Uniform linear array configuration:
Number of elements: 12
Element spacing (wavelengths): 1
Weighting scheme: hamming
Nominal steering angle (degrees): -15
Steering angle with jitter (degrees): -16.372
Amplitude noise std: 0.05
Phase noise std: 0.05

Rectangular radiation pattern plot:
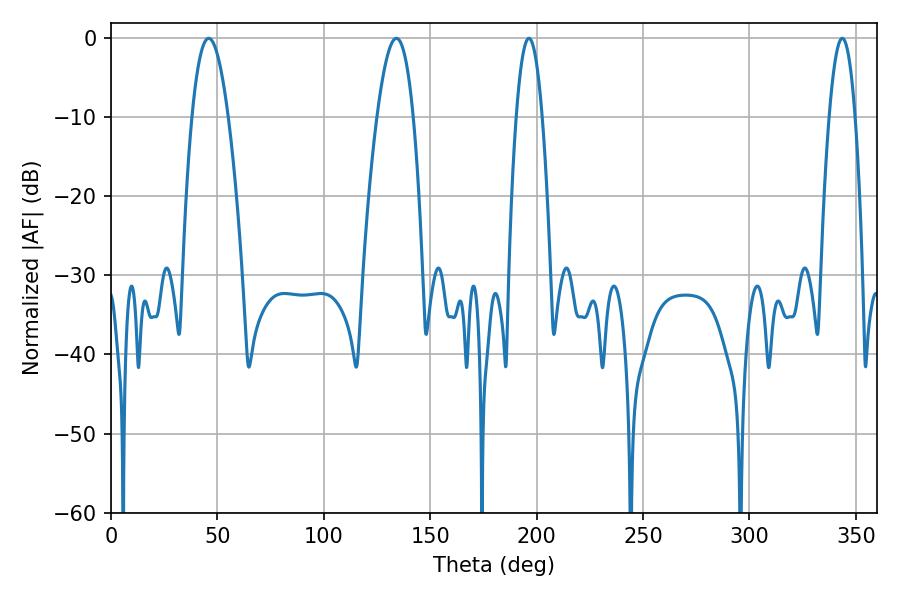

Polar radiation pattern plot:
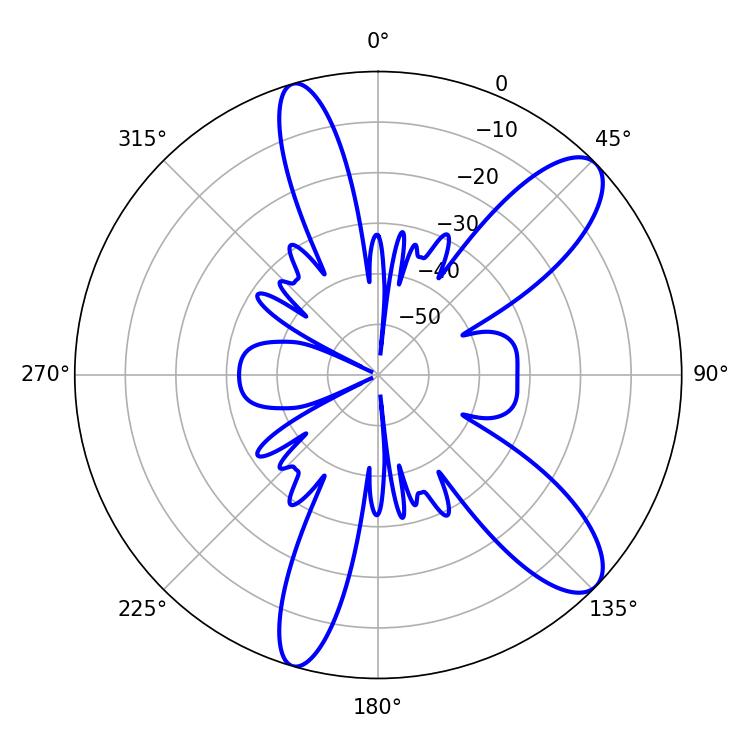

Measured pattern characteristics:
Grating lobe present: TRUE
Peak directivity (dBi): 10.415
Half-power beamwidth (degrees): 9.36
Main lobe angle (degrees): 45.9